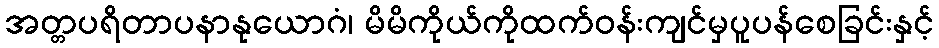
အတ္တပရိတာပနာနုယောဂံ၊ မိမိကိုယ်ကိုထက်ဝန်းကျင်မှပူပန်စေခြင်းနှင့်